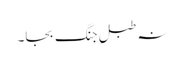
نہ طبلِ جنگ بجا۔